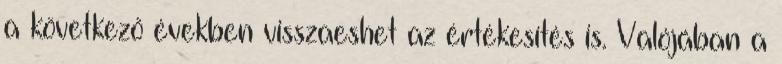
a következő években visszaeshet az értékesítés is. Valójában a